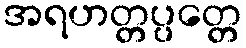
အရဟတ္တပ္ပတ္တေ